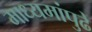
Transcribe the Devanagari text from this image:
माध्यमांपुढे